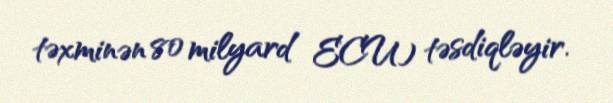
təxminən 80 milyard ECU) təsdiqləyir.